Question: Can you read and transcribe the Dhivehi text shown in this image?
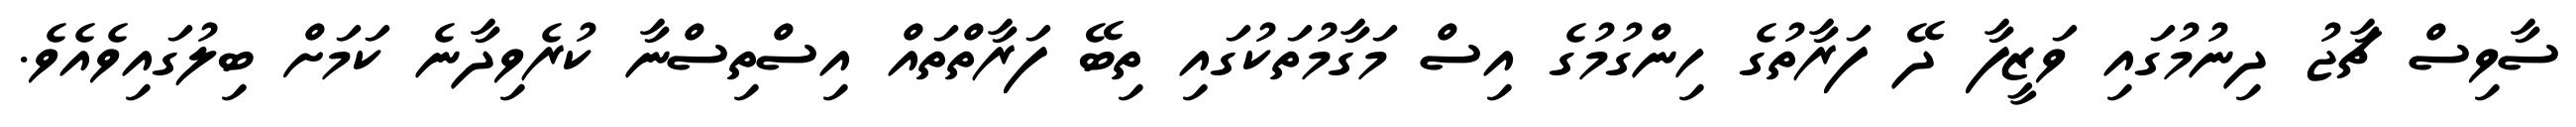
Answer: ސާވިސް ޗާޖު ދިނުމުގައި ވަޒީފާ ދޭ ފަރާތުގެ ހިންގުމުގެ އިސް މަގާމުތަކުގައި ތިބޭ ފަރާތްތައް އިސްތިސްނާ ކުރެވިދާނެ ކަމަށް ބިލުގައިވެއެވެ.